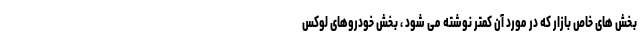
بخش های خاص بازار که در مورد آن کمتر نوشته می شود ، بخش خودروهای لوکس